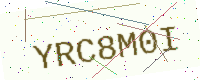
Text: YRC8M0I